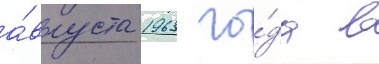
а́вгуста 1963 го́да в